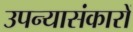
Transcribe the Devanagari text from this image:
उपन्यासंकारों